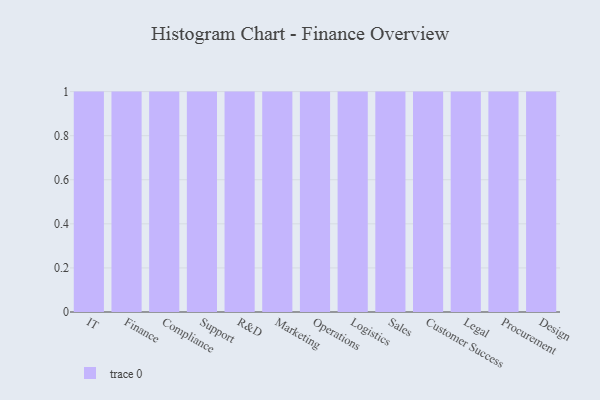
{"axis": {"x": "Department", "y": "Budget (USD K)"}, "legend": [""], "data": [{"x": "IT", "y": 68, "type": ""}, {"x": "Finance", "y": 39, "type": ""}, {"x": "Compliance", "y": 84, "type": ""}, {"x": "Support", "y": 45, "type": ""}, {"x": "R&D", "y": 41, "type": ""}, {"x": "Marketing", "y": 24, "type": ""}, {"x": "Operations", "y": 12, "type": ""}, {"x": "Logistics", "y": 40, "type": ""}, {"x": "Sales", "y": 92, "type": ""}, {"x": "Customer Success", "y": 60, "type": ""}, {"x": "Legal", "y": 98, "type": ""}, {"x": "Procurement", "y": 57, "type": ""}, {"x": "Design", "y": 58, "type": ""}]}